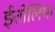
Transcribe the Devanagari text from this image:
ईतोलिया